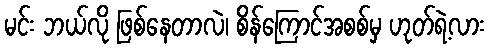
မင်း ဘယ်လို ဖြစ်နေတာလဲ၊ စိန်ကြောင်အစစ်မှ ဟုတ်ရဲ့လား